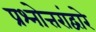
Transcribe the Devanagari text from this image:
प्रश्नोत्तरांद्वारे